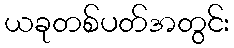
ယခုတစ်ပတ်အတွင်း